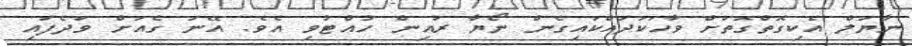
ނާޔަލް އެކިގޮތްގޮތަށް ވާހަކަދައްކައިގެން ނޯޔާ ރުއިން ހުއްޓުވި އެވެ. އޭނަ ގެއަށް ވަދެފައި